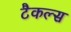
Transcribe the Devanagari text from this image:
टैकल्स